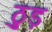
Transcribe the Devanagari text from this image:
ठुड़